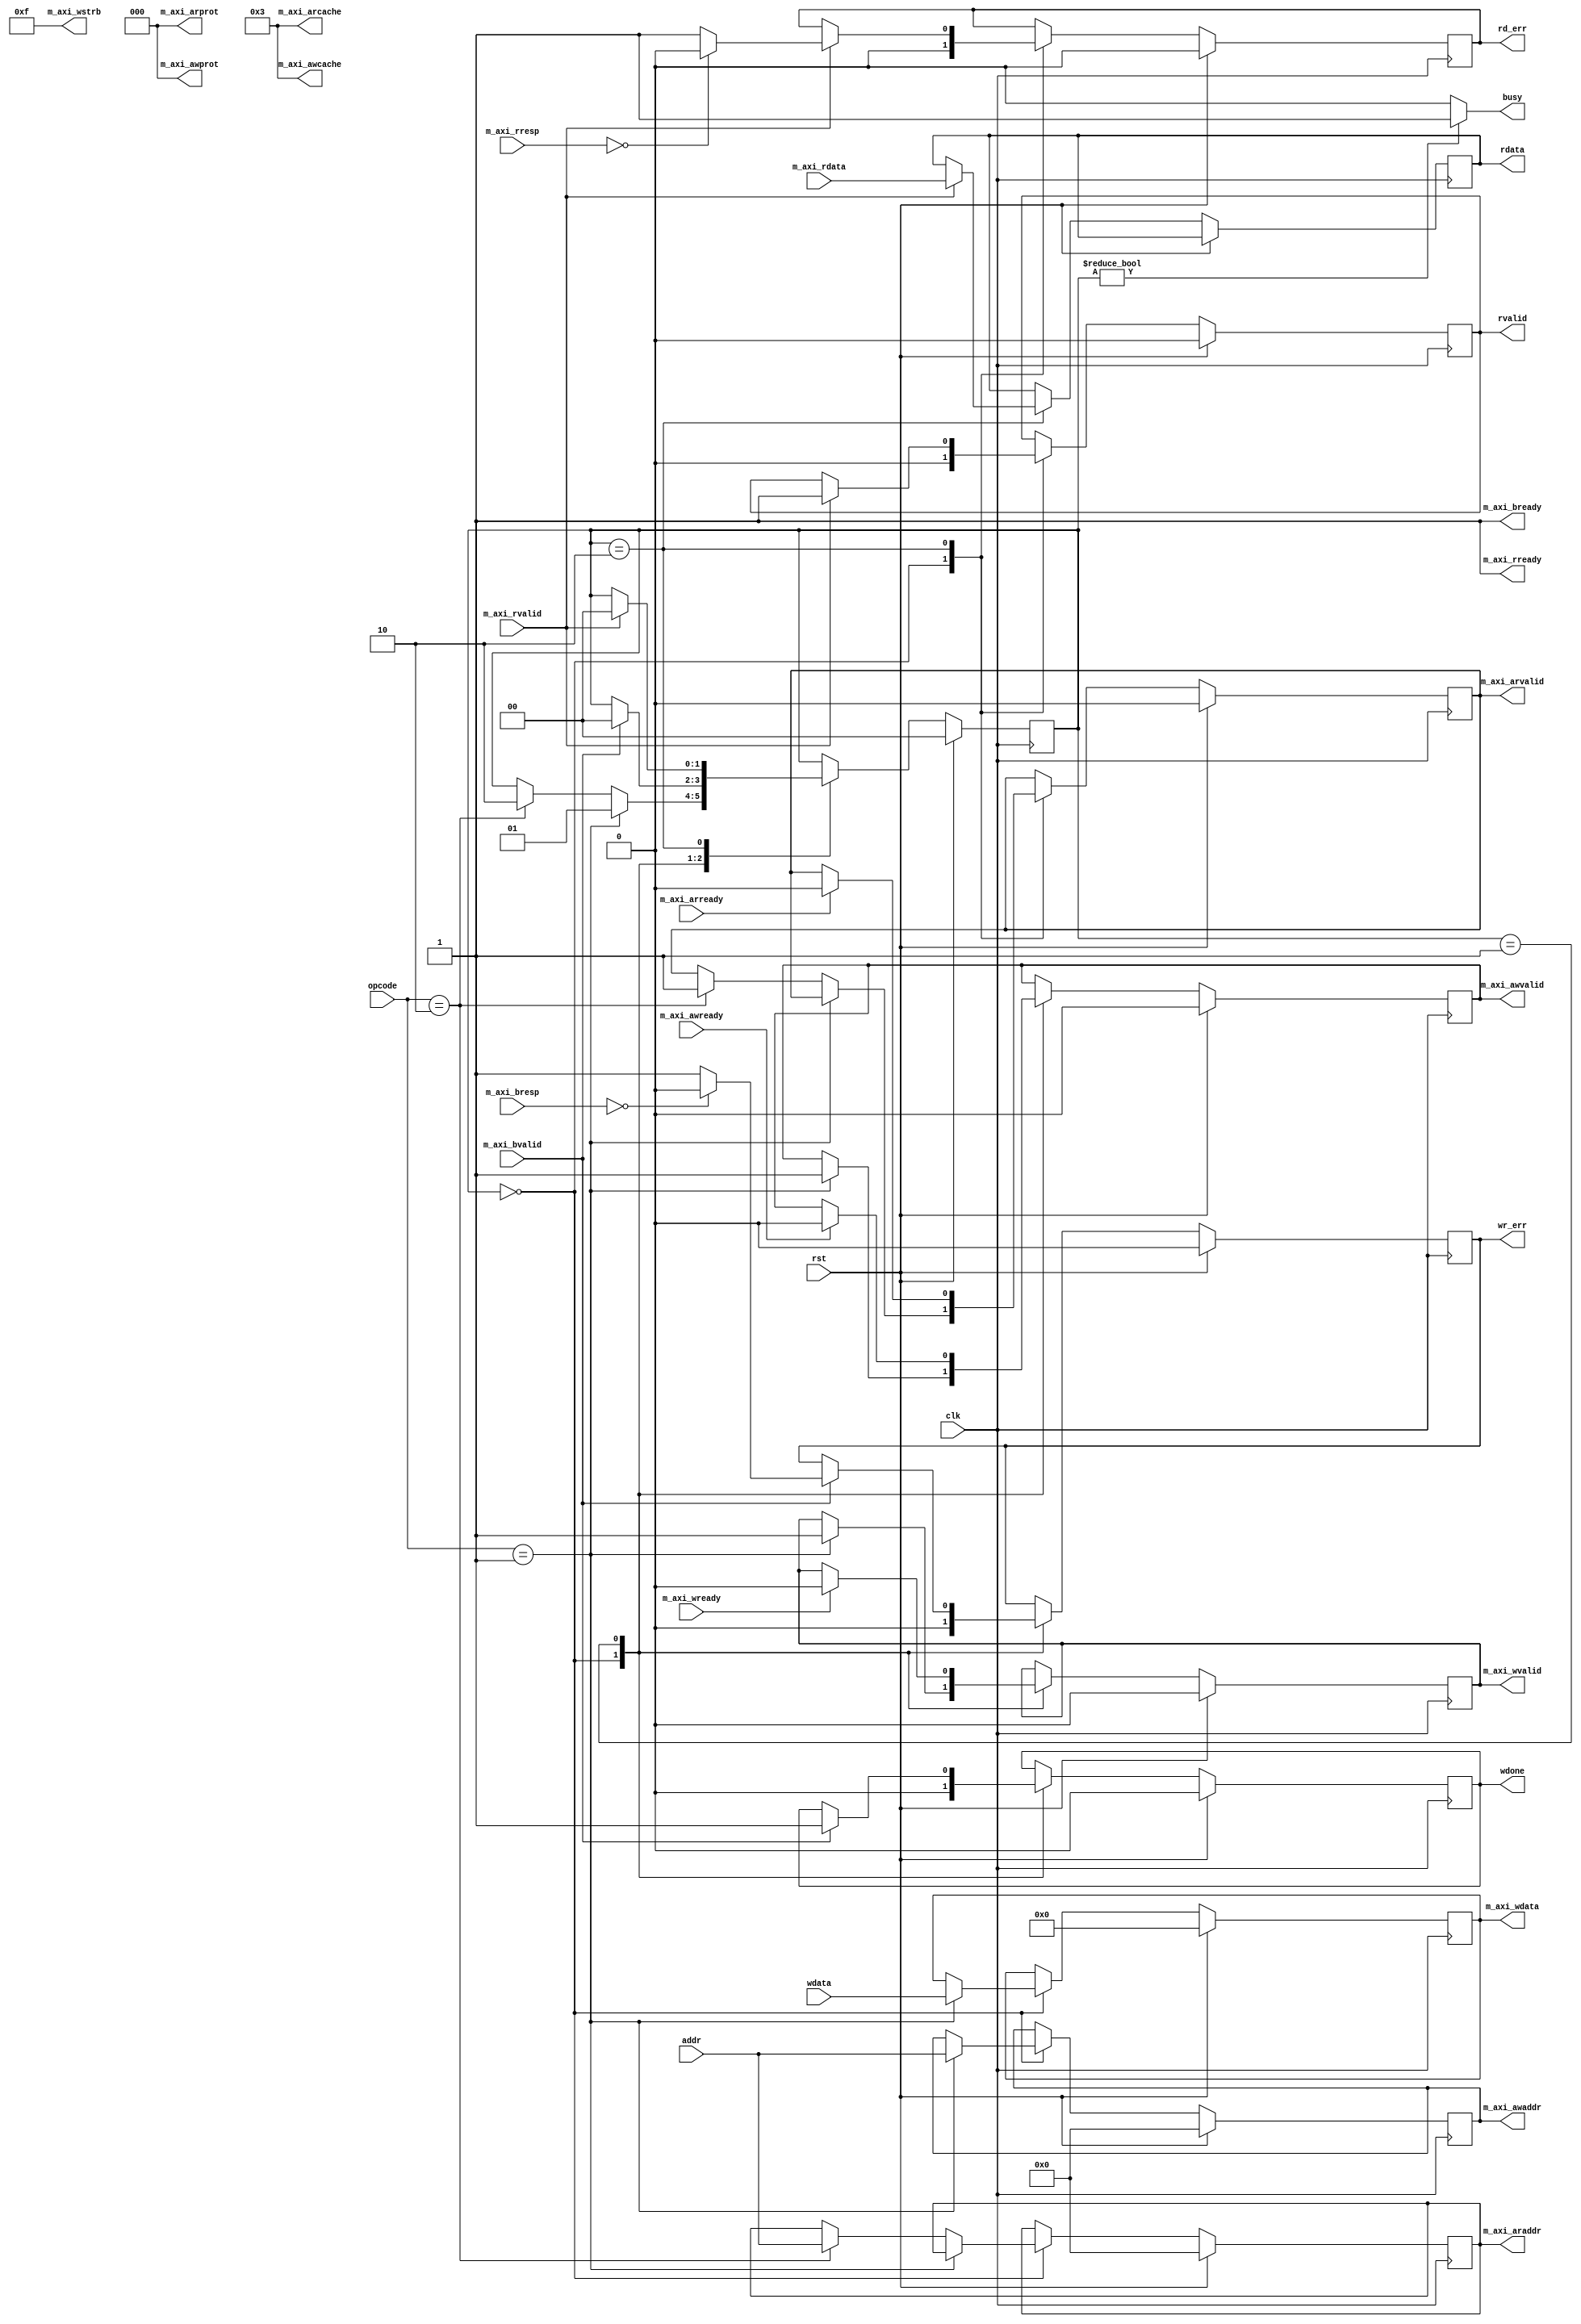
`timescale 1ns / 1ps
module easy_axilite_master # (
	parameter ADDR_LEN = 8,
	parameter DATA_LEN = 32
)
(
//clk and rst
    input wire clk,
    input wire rst,
//user interface
	input wire [ADDR_LEN-1:0] addr,
	input wire [DATA_LEN-1:0] wdata,
	input wire [1:0] opcode,
	output wire [DATA_LEN-1:0] rdata,
	output wire rvalid,
	output wire wdone,
	output wire rd_err,
	output wire wr_err,
	output wire busy,
//axi-lite master
	output wire [ADDR_LEN-1:0] m_axi_araddr,
	output wire [3:0] m_axi_arcache,
	output wire [2:0] m_axi_arprot,
	input wire m_axi_arready,
	output wire m_axi_arvalid,
	output wire [ADDR_LEN-1:0] m_axi_awaddr,
	output wire [3:0] m_axi_awcache,
	output wire [2:0] m_axi_awprot,
	input wire m_axi_awready,
	output wire m_axi_awvalid,
	output wire m_axi_bready,
	input wire [1:0] m_axi_bresp,
	input wire m_axi_bvalid,
	input wire [DATA_LEN-1:0] m_axi_rdata,
	output wire m_axi_rready,
	input wire [1:0] m_axi_rresp,
	input wire m_axi_rvalid,
	output wire [DATA_LEN-1:0] m_axi_wdata,
	input wire m_axi_wready,
	output wire [3:0] m_axi_wstrb,
	output wire m_axi_wvalid
);
	reg [1:0] state;

	reg [ADDR_LEN-1:0] m_axi_awaddr_reg;
	reg [DATA_LEN-1:0] m_axi_wdata_reg;
	reg wait_aw_rdy;
	reg wait_w_rdy;
	reg wdone_reg;
	reg wr_err_reg;

	reg [ADDR_LEN-1:0] m_axi_araddr_reg;
	reg wait_ar_rdy;
	reg [DATA_LEN-1:0] rdata_reg;
	reg rvalid_reg;
	reg rd_err_reg;

	localparam IDLE = 2'd0;
	localparam WAIT_WRITE = 2'd1;
	localparam WAIT_READ = 2'd2;
	localparam WRITE = 2'd1;
	localparam READ = 2'd2;
    always @(posedge clk) begin
		if (rst) begin
			state <= IDLE;
			wdone_reg <= 1'b0;
			wr_err_reg <= 1'b0;
			rvalid_reg <= 1'b0;
			rd_err_reg <= 1'b0;
			m_axi_awaddr_reg <= {{ADDR_LEN}{1'b0}};
			m_axi_wdata_reg <= {{DATA_LEN}{1'b0}};
			wait_aw_rdy <= 1'b0;
			wait_w_rdy <= 1'b0;
			m_axi_araddr_reg <= {{ADDR_LEN}{1'b0}};
			wait_ar_rdy <= 1'b0;
		end
		else begin
			case (state)
				IDLE: begin
					//wr
					wdone_reg <= 1'b0;
					wr_err_reg <= 1'b0;
					//rd
					rvalid_reg <= 1'b0;
					rd_err_reg <= 1'b0;
					if (opcode == WRITE) begin
						m_axi_awaddr_reg <= addr;
						m_axi_wdata_reg <= wdata;
						wait_aw_rdy <= 1'b1;
						wait_w_rdy <= 1'b1;
						state <= WAIT_WRITE;
					end
					else if (opcode == READ) begin
						m_axi_araddr_reg <= addr;
						wait_ar_rdy <= 1'b1;
						state <= WAIT_READ;
					end
				end
				WAIT_WRITE : begin
					if (m_axi_awready) wait_aw_rdy <= 1'b0;
					if (m_axi_wready) wait_w_rdy <= 1'b0;
					if (m_axi_bvalid) begin
						wdone_reg <= 1'b1;
						wr_err_reg <= m_axi_bresp == 2'b00 ? 1'b0 : 1'b1;
						state <= IDLE;
					end
				end
				WAIT_READ : begin
					if (m_axi_arready) wait_ar_rdy <= 1'b0;
					if (m_axi_rvalid) begin
						rvalid_reg <= 1'b1;
						rd_err_reg <= m_axi_rresp == 2'b00 ? 1'b0 : 1'b1;
						rdata_reg <= m_axi_rdata;
						state <= IDLE;
					end
				end
			endcase
		end
	end
//user ports
    assign rdata = rdata_reg;
    assign rvalid = rvalid_reg;
    assign wdone = wdone_reg;
    assign rd_err = rd_err_reg;
    assign wr_err = wr_err_reg;
    assign busy = state != IDLE ? 1'b1 : 1'b0;

//axi-lite master
	//write channel
	assign m_axi_awaddr = m_axi_awaddr_reg;
	assign m_axi_awvalid = wait_aw_rdy;
	assign m_axi_wdata = m_axi_wdata_reg;
	assign m_axi_wvalid = wait_w_rdy;
	//read channel
    assign m_axi_araddr = m_axi_araddr_reg;
    assign m_axi_arvalid = wait_ar_rdy;

	//constants
	assign m_axi_arcache = 4'b0011;
	assign m_axi_arprot = 3'b000;
	assign m_axi_awcache = 4'b0011;
	assign m_axi_awprot = 3'b000;
	assign m_axi_wstrb = 4'b1111;
	assign m_axi_bready = 1'b1;
	assign m_axi_rready = 1'b1;
endmodule